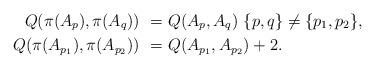
LaTeX: \begin{align*} Q(\pi(A_p),\pi(A_q)) \ = \ &Q(A_p,A_q) \ \{ p, q \} \not= \{ p_1, p_2 \}, \\ Q(\pi(A_{p_1}),\pi(A_{p_2})) \ = \ &Q(A_{p_1},A_{p_2}) + 2. \end{align*}